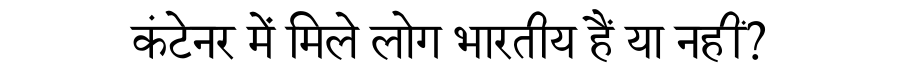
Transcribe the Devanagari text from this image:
कंटेनर में मिले लोग भारतीय हैं या नहीं?